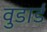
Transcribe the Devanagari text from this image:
वुडार्ड